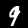
Digit: 9